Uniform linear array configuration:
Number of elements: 8
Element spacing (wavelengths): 0.25
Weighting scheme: exponential
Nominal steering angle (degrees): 0
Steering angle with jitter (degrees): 0.4744
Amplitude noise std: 0.05
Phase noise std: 0.05

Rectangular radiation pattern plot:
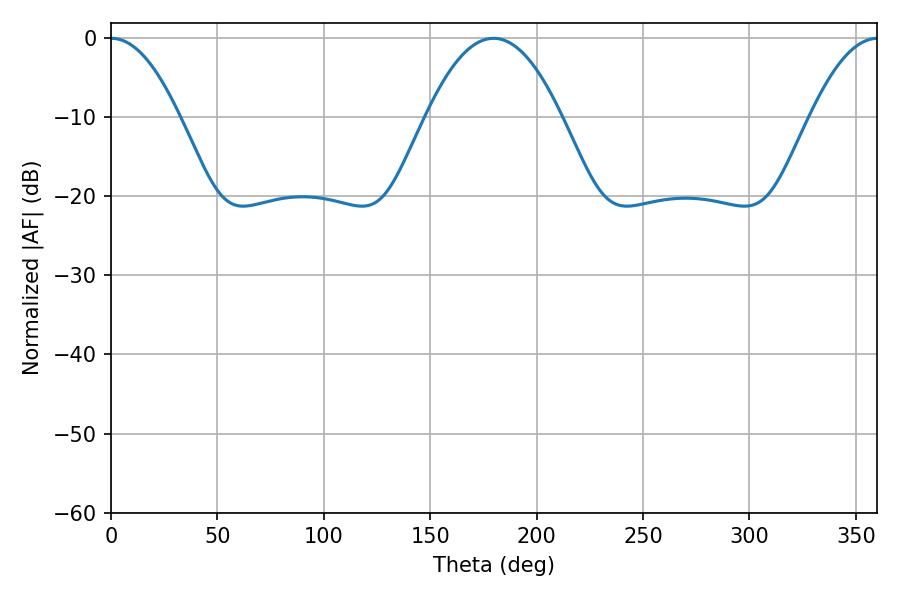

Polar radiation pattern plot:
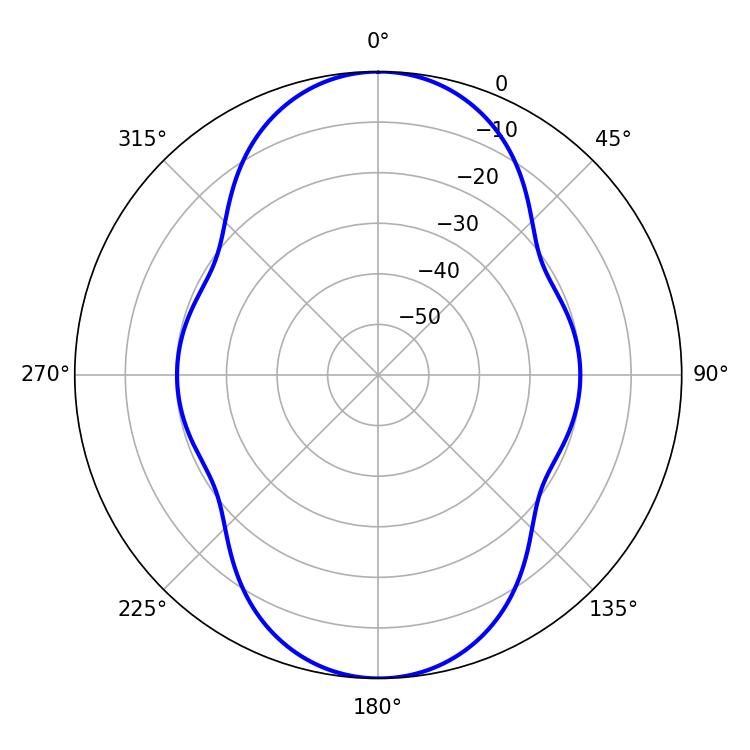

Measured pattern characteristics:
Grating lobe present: FALSE
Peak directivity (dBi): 25.59
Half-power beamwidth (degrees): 17.64
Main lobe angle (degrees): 0.18